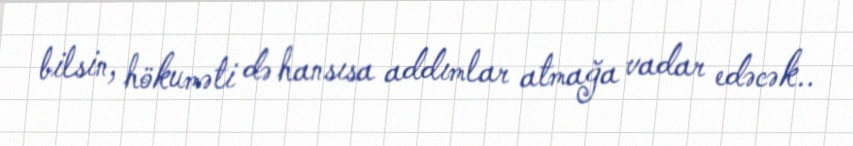
bilsin, hökuməti də hansısa addımlar atmağa vadar edəcək..